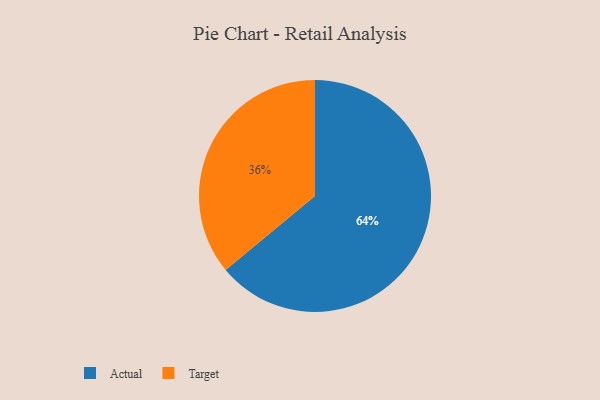
{"axis": {"x": "Category", "y": "Percentage"}, "legend": ["Actual", "Target"], "data": [{"x": "Target", "y": 36, "type": "Target"}, {"x": "Actual", "y": 64, "type": "Actual"}]}